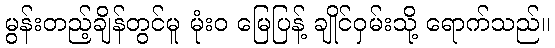
မွန်းတည့်ချိန်တွင်မူ မုံးဝ မြေပြန့် ချိုင်ဝှမ်းသို့ ရောက်သည်။